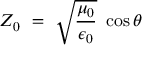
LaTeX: ~ Z _ { 0 } ~ = ~ { \sqrt { \frac { \mu _ { 0 } } { \epsilon _ { 0 } } } } ~ \cos \theta